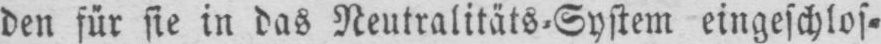
den für sie in das Neutralitäts⸗System eingeschlos⸗